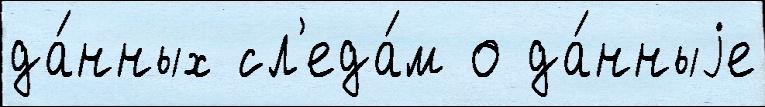
да́нных сл'еда́м о да́нныjе